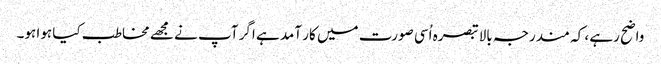
واضح رہے ، کہ مندرجہ بالا تبصرہ اُسی صورت میں کار آمد ہے اگر آپ نے مجھے مخاطب کیا ہوا ہو۔